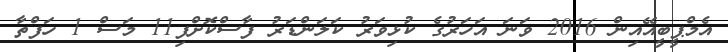
އެމްޕީބީއޭއިން 2016 ވަނަ އަހަރުގެ ކުޅިވަރު ކަލަންޑަރު ފާސްކޮށްފި11 މަސް 1 ހަފްތާ